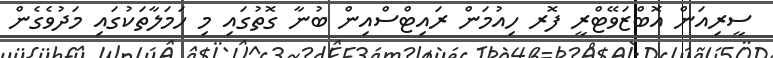
ސީރިއަން އޮބްޒަވޭޓްރީ ފޮރ ހިއުމަން ރައިޓްސްއިން ބުނާ ގޮތުގައި މި ހަމަލާތަކުގައި މަދުވެގެން